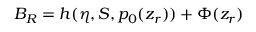
{ \cal B } _ { R } = h ( \eta , S , p _ { 0 } ( z _ { r } ) ) + \Phi ( z _ { r } )